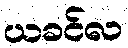
ယခင်လ